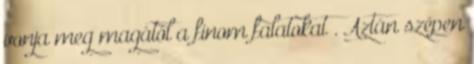
vonja meg magától a finom falatokat . Aztán szépen